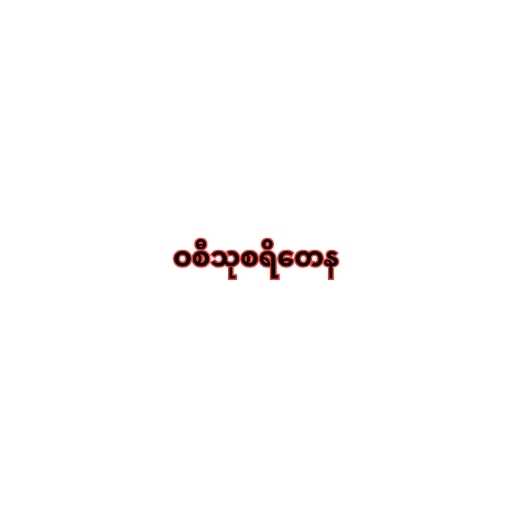
ဝစီသုစရိတေန